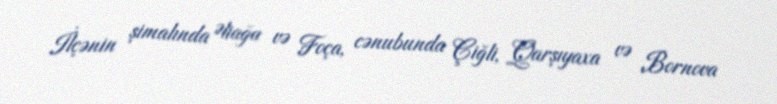
İlçənin şimalında Əliağa və Foça, cənubunda Çiğli, Qarşıyaxa və Bornova